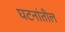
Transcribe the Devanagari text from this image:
घटनांतील